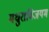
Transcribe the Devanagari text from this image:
मधुराविजयम